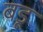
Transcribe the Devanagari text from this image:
बडू